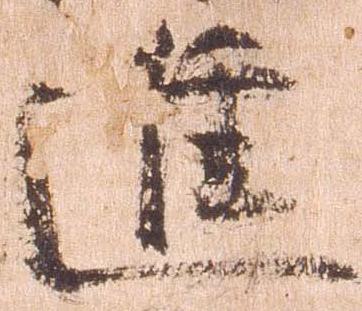
進